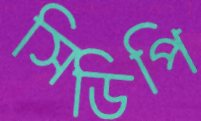
সিডিপি